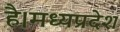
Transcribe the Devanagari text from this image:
है।मध्यप्रदेश